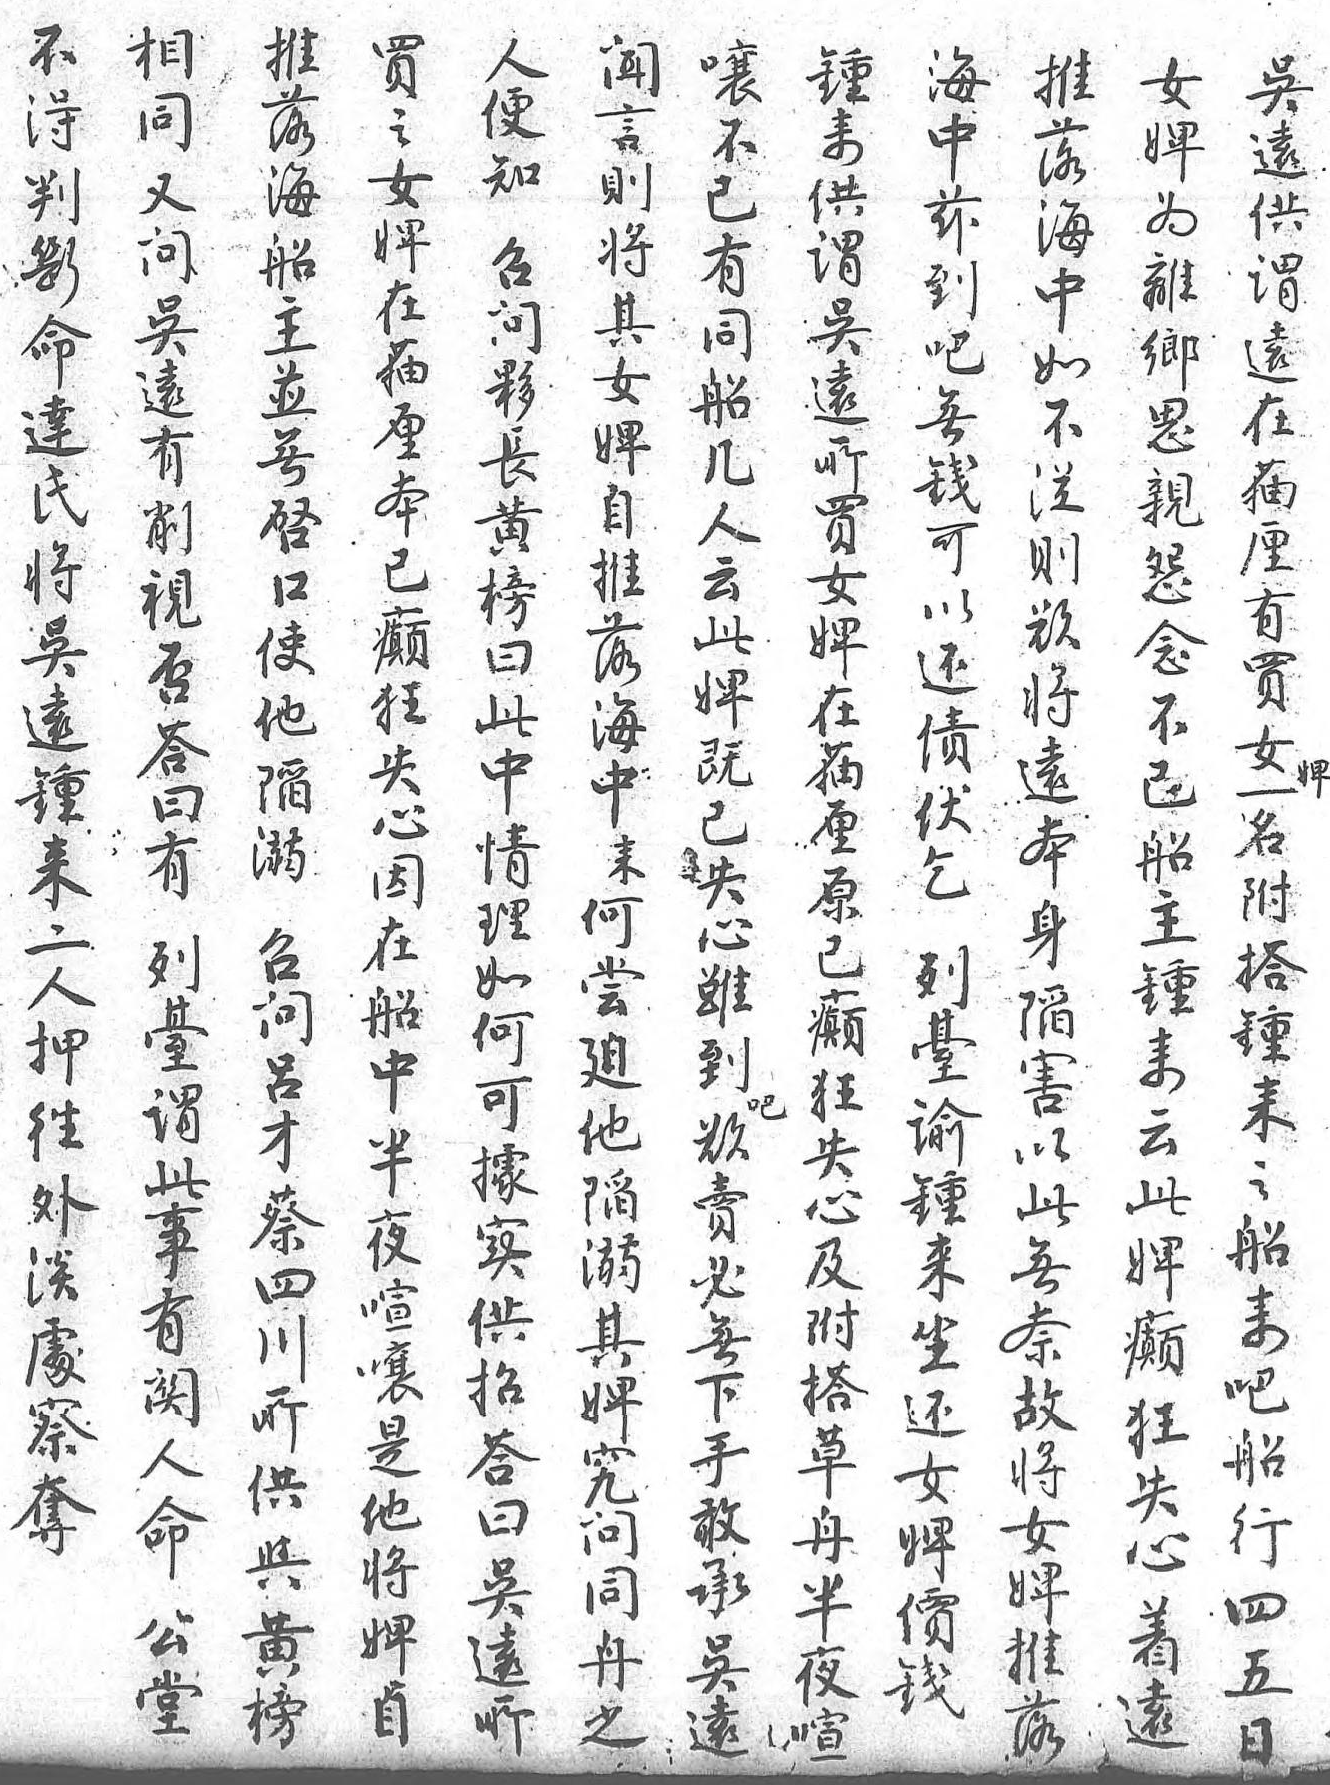
推問不聞人買嚷海鍾推吴女落吴得言便之不中來落遠婢海遠判則知女已兹供海供爲船有斷將召婢有到謂中謂離主削命其問在同吧吴如遠鄉並視達女夥貓船無遠不在思無否氏婢長厘幾錢所從貓親啟答將自黄本人可買則厘怨口曰吴推榜已云以女欲有念使有遠落日癲此還婢將買不他列鍾海此狂婢債在遠女已陷臺來中中失既伏貓本婢船召謂二來情心已乞厘身一主問此人何理因失 原陷名鍾呂事押嘗如在心列已害附來才有往迫何船雖臺癲以搭云蔡關外他可中到諭狂此鍾此四人澹陷據半吧鍾失無來婢川命處溺實夜欲來心奈之癲所公察其供喧賣坐及故船狂供堂奪婢招嚷必還附將來失與  究答是無女搭女吧心黄  問曰他下婢草婢船着榜  同吴將手價舟推行遠相  舟遠婢敢錢半落四 同  之所自承 夜 五 又     吴 喧 日       遠